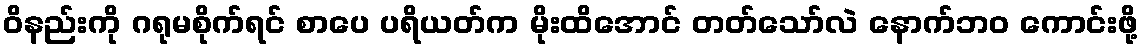
ဝိနည်းကို ဂရုမစိုက်ရင် စာပေ ပရိယတ်က မိုးထိအောင် တတ်သော်လဲ နောက်ဘဝ ကောင်းဖို့